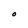
Character: O